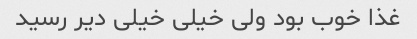
غذا خوب بود ولی خیلی خیلی دیر رسید